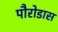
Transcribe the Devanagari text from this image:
पौरोडास